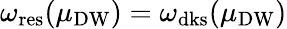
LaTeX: \omega_{\mathrm{res}}(\mu_{\mathrm{DW}})=\omega_{\mathrm{dks}}(\mu_{\mathrm{DW}})